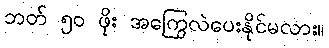
ဘတ် ၅၀ ဖိုး အကြွေလဲပေးနိုင်မလား။